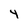
Character: 4